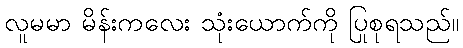
လူမမာ မိန်းကလေး သုံးယောက်ကို ပြုစုရသည်။